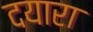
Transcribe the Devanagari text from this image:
दयारा